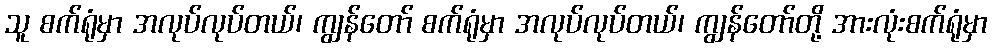
သူ စက်ရုံမှာ အလုပ်လုပ်တယ်၊ ကျွန်တော် စက်ရုံမှာ အလုပ်လုပ်တယ်၊ ကျွန်တော်တို့ အားလုံးစက်ရုံမှာ